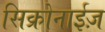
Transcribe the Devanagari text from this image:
सिक्रोनाईज़